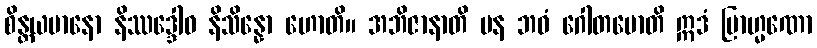
စိန္တယမာနော နိဿဒ္ဒေါဝ နိသိန္နော ဟောတိ။ အဘိဇာနာတိ ပန ဘဝံ ဂေါတမောတိ ဣဒံ ဗြာဟ္မဏော